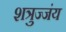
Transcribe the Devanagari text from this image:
शत्रुज्जंय